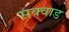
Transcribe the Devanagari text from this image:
सक्वाड